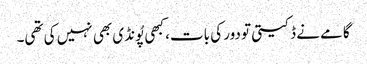
گامے نے ڈکیتی تو دور کی بات، کبھی پُونڈی بھی نہیں کی تھی۔